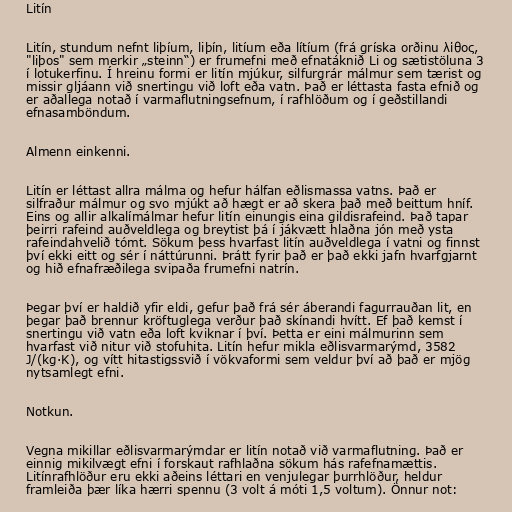
Litín

Litín, stundum nefnt liþíum, liþín, litíum eða lítíum (frá gríska orðinu λίθος,
"liþos" sem merkir „steinn“) er frumefni með efnatáknið Li og sætistöluna 3
í lotukerfinu. Í hreinu formi er litín mjúkur, silfurgrár málmur sem tærist og
missir gljáann við snertingu við loft eða vatn. Það er léttasta fasta efnið og
er aðallega notað í varmaflutningsefnum, í rafhlöðum og í geðstillandi
efnasamböndum.

Almenn einkenni.

Litín er léttast allra málma og hefur hálfan eðlismassa vatns. Það er
silfraður málmur og svo mjúkt að hægt er að skera það með beittum hníf.
Eins og allir alkalímálmar hefur litín einungis eina gildisrafeind. Það tapar
þeirri rafeind auðveldlega og breytist þá í jákvætt hlaðna jón með ysta
rafeindahvelið tómt. Sökum þess hvarfast litín auðveldlega í vatni og finnst
því ekki eitt og sér í náttúrunni. Þrátt fyrir það er það ekki jafn hvarfgjarnt
og hið efnafræðilega svipaða frumefni natrín.

Þegar því er haldið yfir eldi, gefur það frá sér áberandi fagurrauðan lit, en
þegar það brennur kröftuglega verður það skínandi hvítt. Ef það kemst í
snertingu við vatn eða loft kviknar í því. Þetta er eini málmurinn sem
hvarfast við nitur við stofuhita. Litín hefur mikla eðlisvarmarýmd, 3582
J/(kg·K), og vítt hitastigssvið í vökvaformi sem veldur því að það er mjög
nytsamlegt efni.

Notkun.

Vegna mikillar eðlisvarmarýmdar er litín notað við varmaflutning. Það er
einnig mikilvægt efni í forskaut rafhlaðna sökum hás rafefnamættis.
Litínrafhlöður eru ekki aðeins léttari en venjulegar þurrhlöður, heldur
framleiða þær líka hærri spennu (3 volt á móti 1,5 voltum). Önnur not: